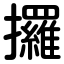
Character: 攞